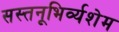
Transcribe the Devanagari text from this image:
सस्तनूभिर्व्यशेम